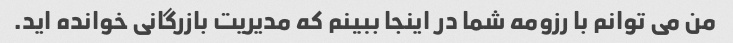
من می توانم با رزومه شما در اینجا ببینم که مدیریت بازرگانی خوانده اید.